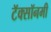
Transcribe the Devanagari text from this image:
टॅक्सॉनमी